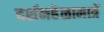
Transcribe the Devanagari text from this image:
दर्शनहेळामात्रें